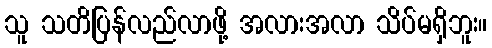
သူ သတိပြန်လည်လာဖို့ အလားအလာ သိပ်မရှိဘူး။